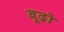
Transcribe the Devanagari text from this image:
बूढ़ो